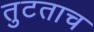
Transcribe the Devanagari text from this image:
तुटताच